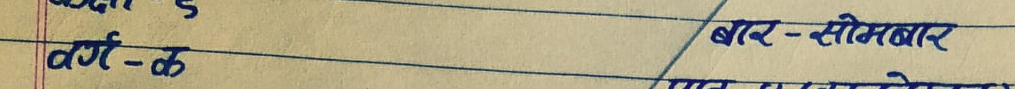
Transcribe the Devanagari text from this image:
वर्ग - क
बार - सोमबार